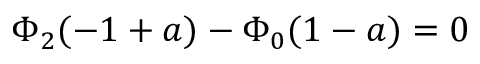
\begin{array} { r } { \Phi _ { 2 } ( - 1 + a ) - \Phi _ { 0 } ( 1 - a ) = 0 } \end{array}